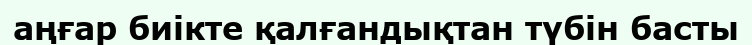
аңғар биікте қалғандықтан түбін басты